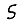
Digit: 5